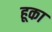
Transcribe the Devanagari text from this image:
हूका